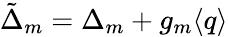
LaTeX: \tilde{\Delta}_{m}=\Delta_{m}+g_{m}\langle q\rangle